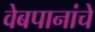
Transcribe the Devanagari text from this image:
वेबपानांचे